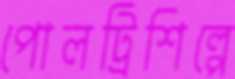
পোলট্রিশিল্পে